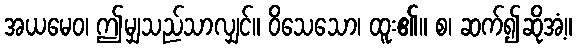
အယမေဝ၊ ဤမျှသည်သာလျှင်။ ဝိသေသော၊ ထူး၏။ စ၊ ဆက်၍ဆိုအံ့။